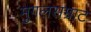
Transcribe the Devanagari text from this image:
मुगलसम्राट